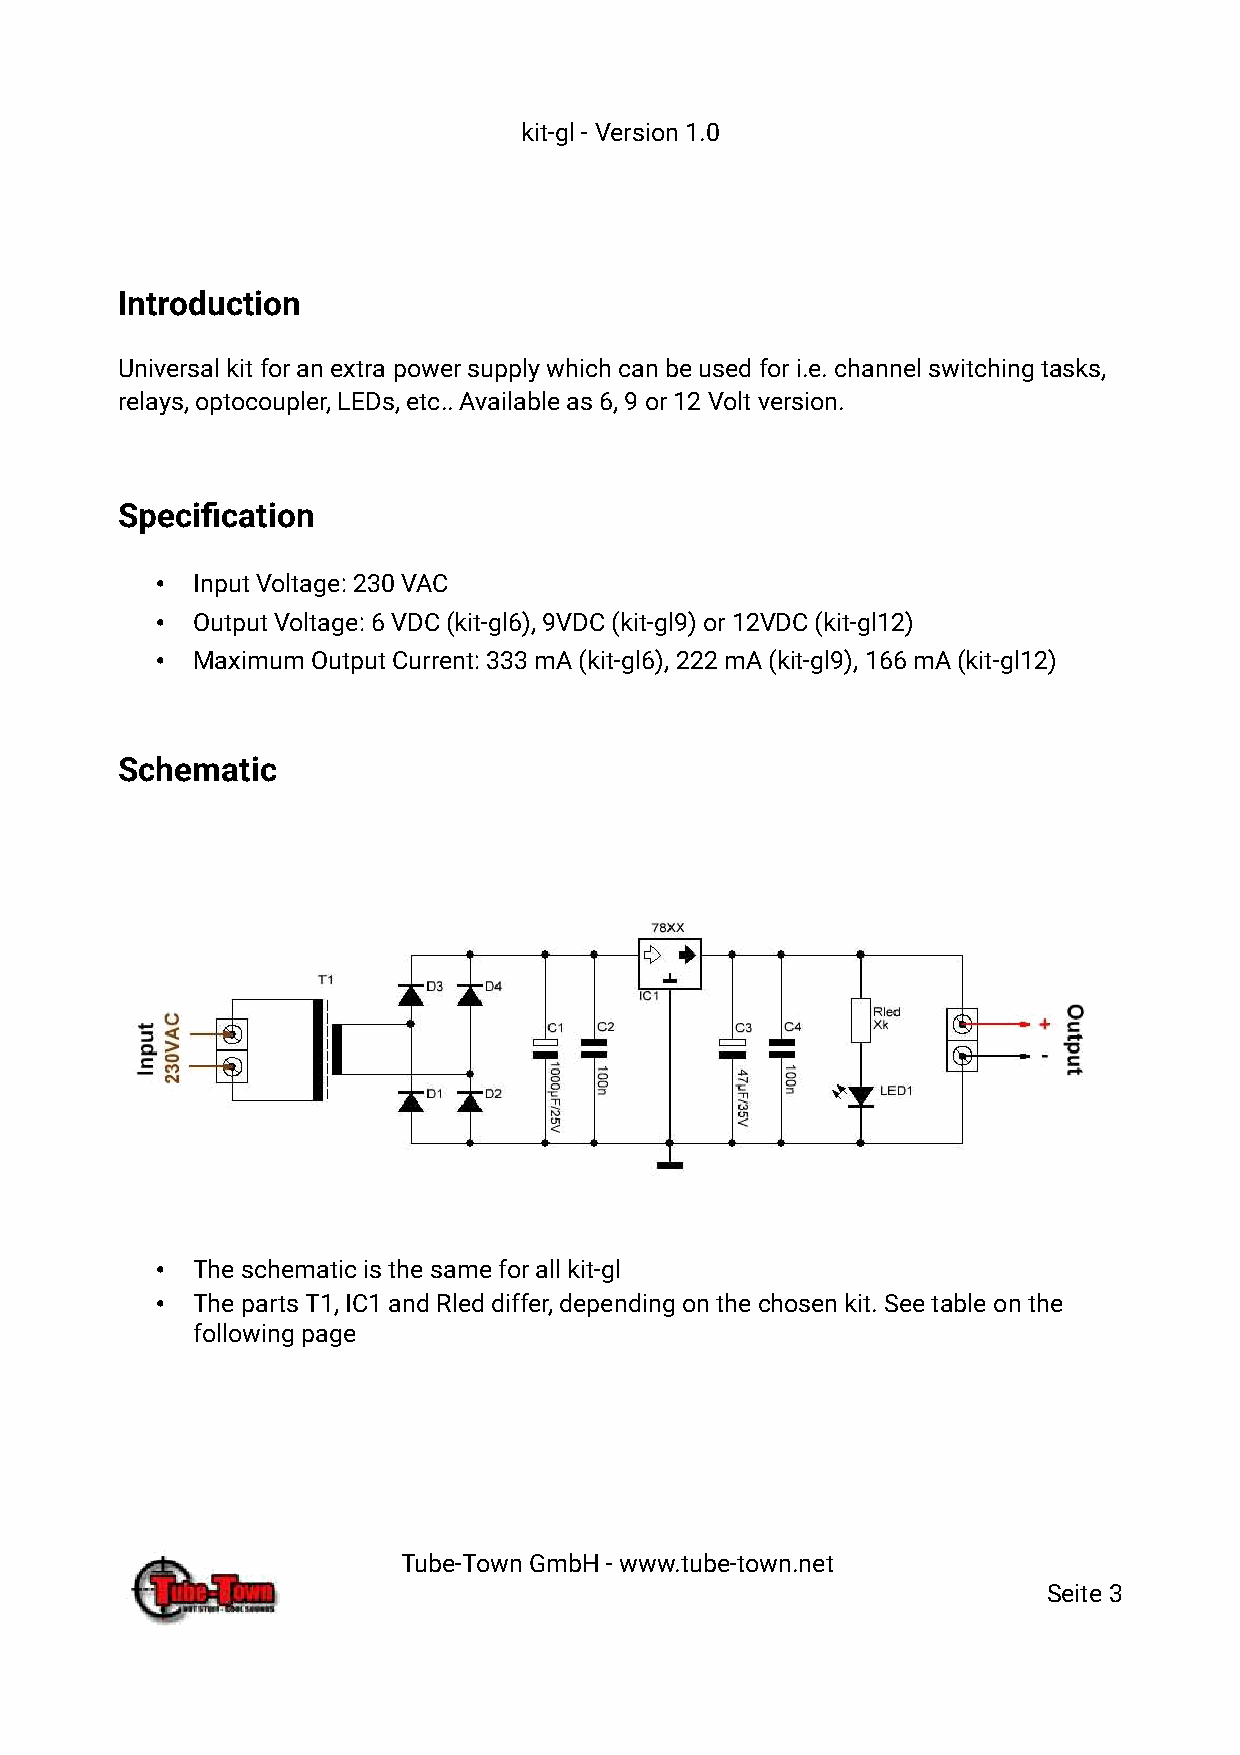
kit-gl - Version 1.0
 Introduction
 Universal kit for an extra power supply which can be used for i.e. channel switching tasks,
 relays, optocoupler, LEDs, etc.. Available as 6, 9 or 12 Volt version.
 Specification
 •  Input Voltage: 230 VAC
 •  Output Voltage: 6 VDC (kit-gl6), 9VDC (kit-gl9) or 12VDC (kit-gl12)
 •  Maximum Output Current: 333 mA (kit-gl6), 222 mA (kit-gl9), 166 mA (kit-gl12)
 Schematic
 •  The schematic is the same for all kit-gl
 •  The parts T1, IC1 and Rled differ, depending on the chosen kit. See table on the
 following page
 Tube-Town GmbH - www.tube-town.net
 Seite 3